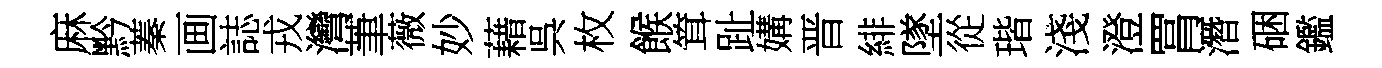
麻黔蓁画誌戎灣茟薇妙藉呉枚餱䇯趾媾晋緋墜從瑎淺澄罥潛硱鑑